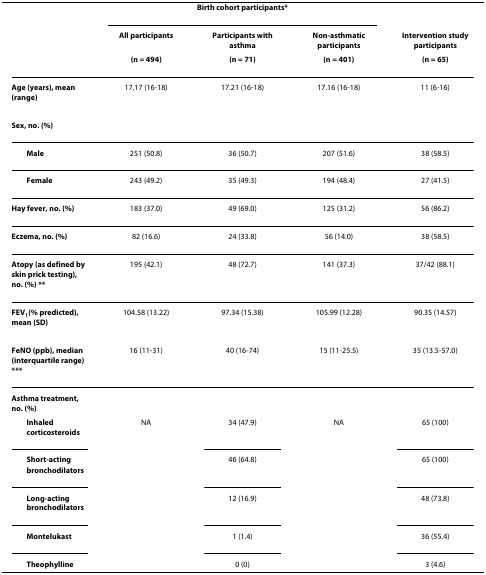
|  | <COLSPAN=3> Birth cohort participants* |  |
 |  | All participants | Participants with asthma | Non-asthmatic participants | Intervention study participants |
 |  | (n = 494) | (n = 71) | (n = 401) | (n = 65) |
 | --- | --- | --- | --- | --- |
 | Age (years), mean (range) | 17.17 (16-18) | 17.21 (16-18) | 17.16 (16-18) | 11 (6-16) |
 | Sex, no. (%) |  |  |  |  |
 | Male | 251 (50.8) | 36 (50.7) | 207 (51.6) | 38 (58.5) |
 | Female | 243 (49.2) | 35 (49.3) | 194 (48.4) | 27 (41.5) |
 | Hay fever, no. (%) | 183 (37.0) | 49 (69.0) | 125 (31.2) | 56 (86.2) |
 | Eczema, no. (%) | 82 (16.6) | 24 (33.8) | 56 (14.0) | 38 (58.5) |
 | Atopy (as defined by skin prick testing), no. (%) ** | 195 (42.1) | 48 (72.7) | 141 (37.3) | 37/42 (88.1) |
 | FEV1(% predicted), mean (SD) | 104.58 (13.22) | 97.34 (15.38) | 105.99 (12.28) | 90.35 (14.57) |
 | FeNO (ppb), median (interquartile range) *** | 16 (11-31) | 40 (16-74) | 15 (11-25.5) | 35 (13.5-57.0) |
 | Asthma treatment, no. (%) |  |  |  |  |
 | Inhaled corticosteroids | NA | 34 (47.9) | NA | 65 (100) |
 | Short-acting bronchodilators |  | 46 (64.8) |  | 65 (100) |
 | Long-acting bronchodilators |  | 12 (16.9) |  | 48 (73.8) |
 | Montelukast |  | 1 (1.4) |  | 36 (55.4) |
 | Theophylline |  | 0 (0) |  | 3 (4.6) |